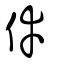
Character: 倖